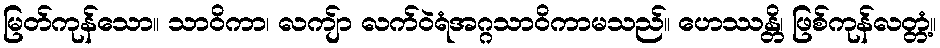
မြတ်ကုန်သော။ သာဝိကာ၊ လကျ်ာ လက်ဝဲရံအဂ္ဂသာဝိကာမသည်။ ဟေဿန္တိ၊ ဖြစ်ကုန်လတ္တံ့။